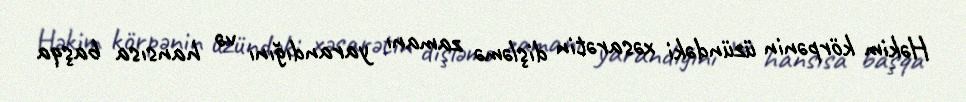
Həkim körpənin üzündəki xəsarətin dişləmə zamanı yarandığını və hansısa başqa